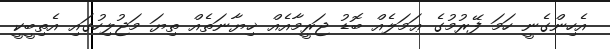
އެހިންގެނީ ހަމަ ފޭރުމުގެ ޢަމަލެއް ބޮޑު ޖަރީމާއެއް ޚިޔާނަތެއް ތިޔަ މަޖުލިހުގައި އެތިބީކީ